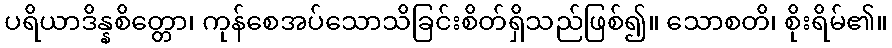
ပရိယာဒိန္နစိတ္တော၊ ကုန်စေအပ်သောသိခြင်းစိတ်ရှိသည်ဖြစ်၍။ သောစတိ၊ စိုးရိမ်၏။